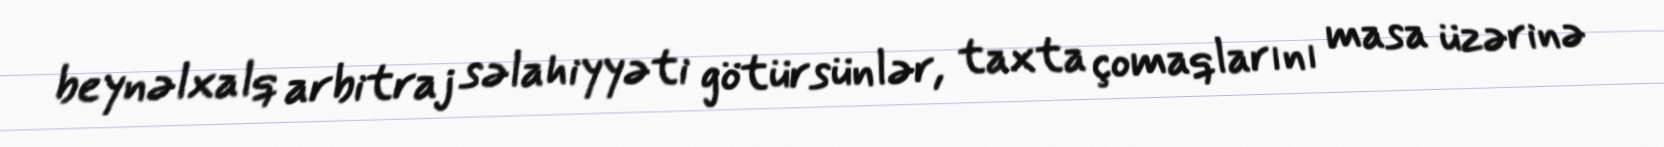
beynəlxalq arbitraj səlahiyyəti götürsünlər, taxta çomaqlarını masa üzərinə